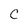
Character: C